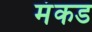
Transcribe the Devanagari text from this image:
मंकड